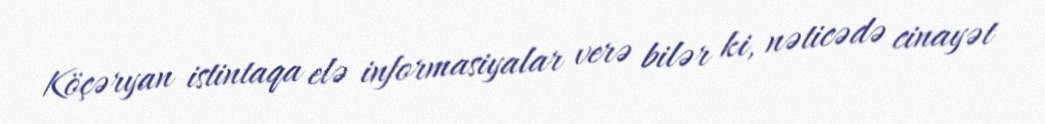
Köçəryan istintaqa elə informasiyalar verə bilər ki, nəticədə cinayət